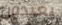
يعيدون